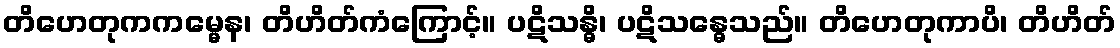
တိဟေတုကကမ္မေန၊ တိဟိတ်ကံကြောင့်။ ပဋိသန္ဓိ၊ ပဋိသန္ဓေသည်။ တိဟေတုကာပိ၊ တိဟိတ်